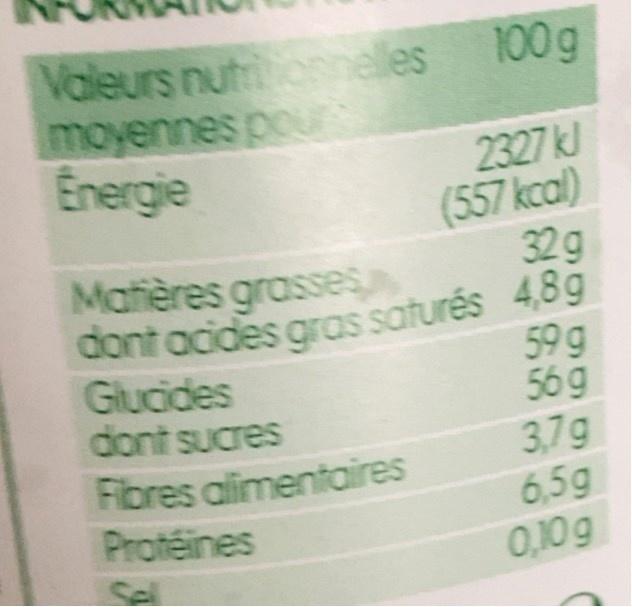
Valeurs nutronmelles 100g moyennes pour Energie
2327 kl (557 kcal) 32g
Matières grasses
dont acides gras saturés 4,8g
59 g 56g 3,79 6,5g 0,10g
Glucides dont sucres
Fibres alimentaires Protéines
Sel